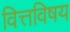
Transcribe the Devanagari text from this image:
वित्तविषय